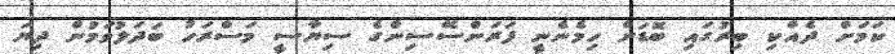
ކަމަށް ދެއްކި ބިރުގައި ބޮޑަށް ހިމެނެނީ ފަރަންސޭސިންގެ ސިޔާސީ މަސްރަހު ބަދަލުވަމުން ދިޔަ